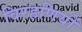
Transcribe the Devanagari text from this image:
विरहणियों